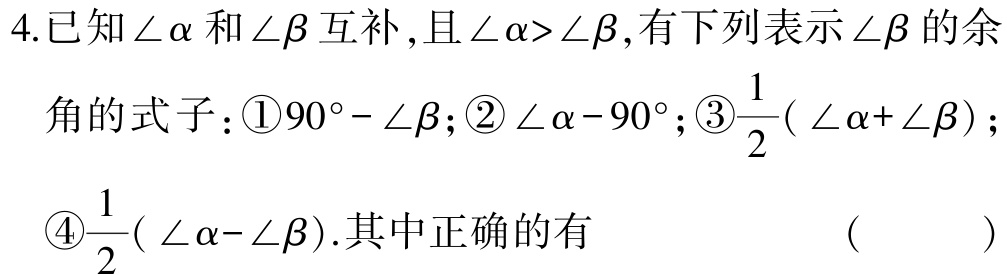
4.已知\(\angle \alpha\)和\(\angle \beta\)互补,且\(\angle \alpha>\angle \beta\),有下列表示\(\angle \beta\)的余
角的式子：\textcircled{1}\(90^{\circ}-\angle \beta\);\textcircled{2}\(\angle \alpha - 90^{\circ}\);\textcircled{3}\(\frac{1}{2}( \angle \alpha+\angle \beta)\);
\textcircled{4}\(\frac{1}{2}( \angle \alpha-\angle \beta)\).其中正确的有  (   )